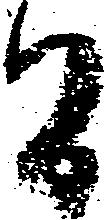
間